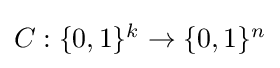
{\textstyle C:\{0,1\}^{k}\to \{0,1\}^{n}}